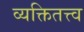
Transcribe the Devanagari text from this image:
व्यक्तितत्त्व